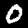
Label: 0